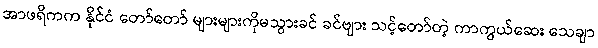
အာဖရိကက နိုင်ငံ တော်တော် များများကိုမသွားခင် ခင်ဗျား သင့်တော်တဲ့ ကာကွယ်ဆေး သေချာ